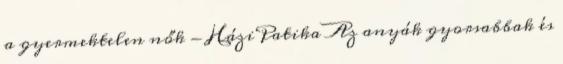
a gyermektelen nők - HáziPatika Az anyák gyorsabbak és